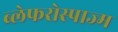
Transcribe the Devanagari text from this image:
ब्लेफरोस्पाज्म